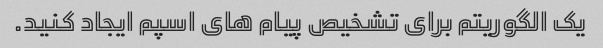
یک الگوریتم برای تشخیص پیام های اسپم ایجاد کنید.